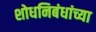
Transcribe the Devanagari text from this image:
शोधनिबंधांच्या